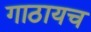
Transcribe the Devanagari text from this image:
गाठायच